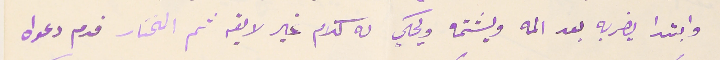
وابتدا يضربه بعد المه ويشتمه ويحكي له كلام غير لايقه ثم المختار قدم دعواه